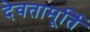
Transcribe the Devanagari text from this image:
देवतामूर्ति